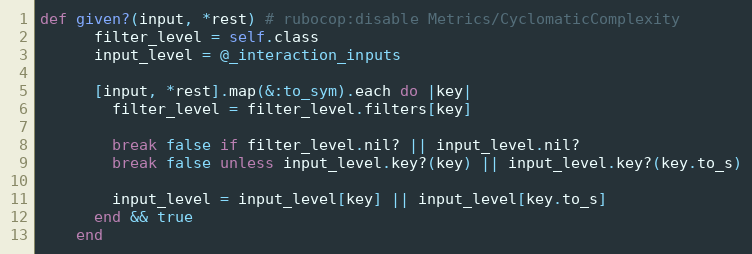
Language: Ruby
def given?(input, *rest) # rubocop:disable Metrics/CyclomaticComplexity
      filter_level = self.class
      input_level = @_interaction_inputs

      [input, *rest].map(&:to_sym).each do |key|
        filter_level = filter_level.filters[key]

        break false if filter_level.nil? || input_level.nil?
        break false unless input_level.key?(key) || input_level.key?(key.to_s)

        input_level = input_level[key] || input_level[key.to_s]
      end && true
    end